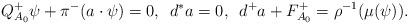
LaTeX: \begin{align*}Q^+_{A_0}\psi + \pi^-(a\cdot \psi) = 0,\, \, \, d^*a = 0, \, \, \, d^+ a + F^+_{A_0} = \rho^{-1}(\mu(\psi)).\end{align*}